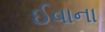
ઈવાના